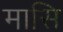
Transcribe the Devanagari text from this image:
मासि